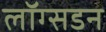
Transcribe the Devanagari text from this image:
लॉग्सडन